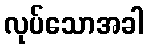
လုပ်သောအခါ